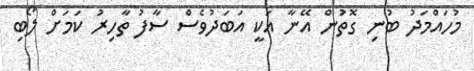
މުހައްމަދު ބުނި ގޮތުން އޭނާ އަކީ އަބަދުވެސް ސާފު ތާހިރު ކަމަށް ލޯބި